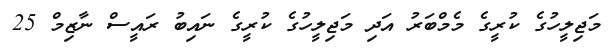
މަޖިލީހުގެ ކުރީގެ މެމްބަރު އަދި މަޖިލީހުގެ ކުރީގެ ނައިބު ރައީސް ނާޒިމް 25